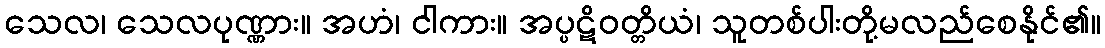
သေလ၊ သေလပုဏ္ဏား။ အဟံ၊ ငါကား။ အပ္ပဋိဝတ္တိယံ၊ သူတစ်ပါးတို့မလည်စေနိုင်၏။